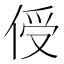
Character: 𪝈